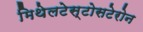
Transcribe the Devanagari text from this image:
मिथेलटेस्टोसटेरोन